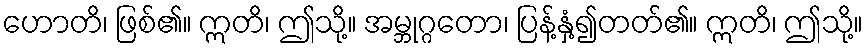
ဟောတိ၊ ဖြစ်၏။ ဣတိ၊ ဤသို့။ အမ္ဘုဂ္ဂတော၊ ပြန့်နှံ့၍တတ်၏။ ဣတိ၊ ဤသို့။